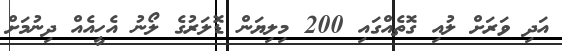
އަދި ވަރަށް ލުއި ގޮތެއްގައި 200 މިލިޔަން ޑޮލަރުގެ ލޯނު އެހީއެއް ދިނުމަށް